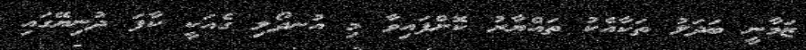
ޒަމާނީ ބަދަލު ތަކާއެކު ތައްޔާރު ކޮށްފައިވާ މި އުނދޯލި ގެއަކީ ކާފަ ދުނިޔޭގައި